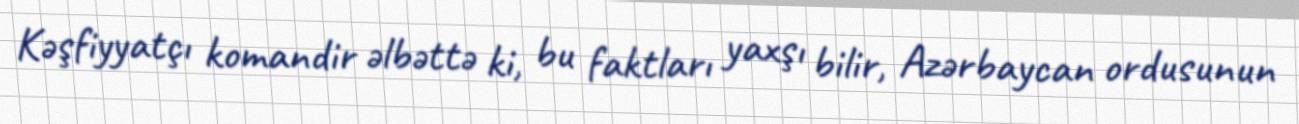
Kəşfiyyatçı komandir əlbəttə ki, bu faktları yaxşı bilir, Azərbaycan ordusunun